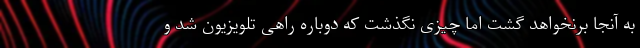
به آنجا برنخواهد گشت اما چیزی نگذشت که دوباره راهی تلویزیون شد و